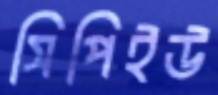
সিপিইউ